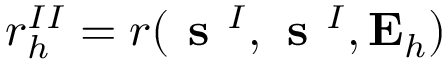
r _ { h } ^ { I I } = r ( \textbf { s } ^ { I } , \textbf { s } ^ { I } , \mathbf { E } _ { h } )